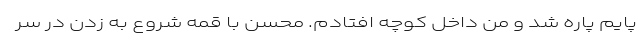
پایم پاره شد و من داخل کوچه افتادم. محسن با قمه شروع به زدن در سر